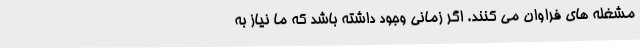
مشغله های فراوان می کنند. اگر زمانی وجود داشته باشد که ما نیاز به